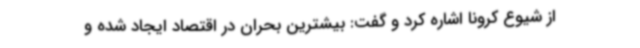
از شیوع کرونا اشاره کرد و گفت: بیشترین بحران در اقتصاد ایجاد شده و